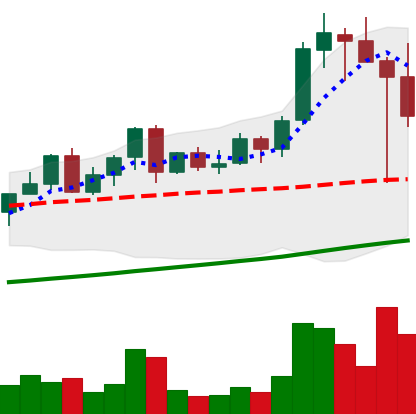
Ticker: LINK-USD
Chart end date: 2021-04-19
Forward return: -13.25%
Label: down_7plus